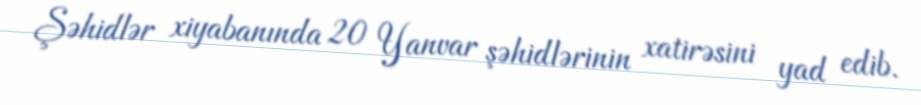
Şəhidlər xiyabanında 20 Yanvar şəhidlərinin xatirəsini yad edib.